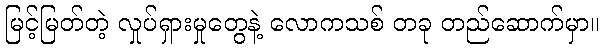
မြင့်မြတ်တဲ့ လှုပ်ရှားမှုတွေနဲ့ လောကသစ် တခု တည်ဆောက်မှာ။